Report on the cholera epidemic of
Year: 1868
Disease focus: Cholera
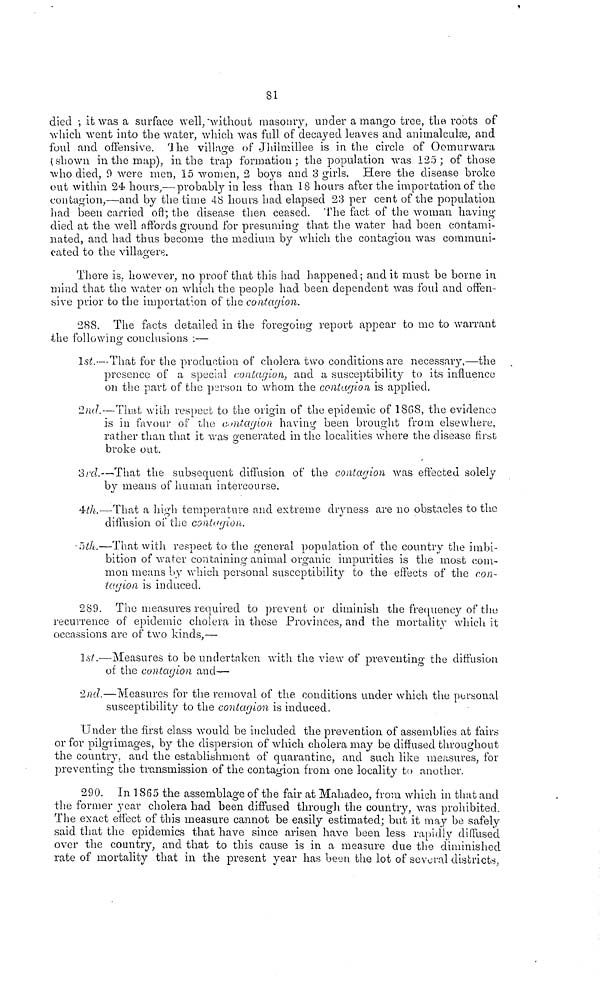
81
died ; it was a surface well, without masonry, under a mango tree, the roots of
which went into the water, which was full of decayed leaves and animalcules, and
foul and offensive. The village of Jhilmillee is in the circle of Oomurwara
(shown in the map), in the trap formation; the population was 125; of those
who died, 9 were men, 15 women, 2 boys and 3 girls. Here the disease broke
out within 24 hours,— probably in less than 18 hours after the importation of the
contagion,—and by the time 4-8 hours had elapsed 23 per cent of the population
had been carried off; the disease then ceased. The fact, of the woman having
died at the well affords ground for presuming that the water had been contami-
nated, and had thus become the medium by which the contagion was communi-
cated to the villagers.
There is however, no proof that this had happened; and it must be borne in
mind that the water on which the people had been dependent was foul and offen-
sive prior to the importation of the contagion.
288. The facts detailed in the foregoing report appear to me to warrant
the following conclusions :—
1st.—That for the production of cholera two conditions are necessary,—the
presence of a special contagion, and a susceptibility to its influence
on the part of the person to whom the contagion, is applied.
2nd.—That with respect to the origin of the epidemic of 1808, the evidence
is in favour of the contagion having been brought from elsewhere,
rather than that it was generated in the localities where the disease first
broke out.
3rd.—That the subsequent diffusion of the contagion was effected solely
by means of human intercourse.
4th—That a high temperature and extreme dryness are no obstacles to the
diffusion of the contcyion.
5th.—That with respect to the general population of the country the imbi-
bition of water containing animal organic impurities is the most com-
mon means by which personal susceptibility to the effects of the con-
tagion is induced.
289. The measures required to prevent or diminish the frequency of the
recurrence of epidemic cholera in these Provinces, and the mortality which it
occassions are of two kinds,—
1st.—Measures to be undertaken with the view of preventing the diffusion
of the contagión and—
2nd.—Measures for the removal of the conditions under which the personal
susceptibility to the contagion is induced.
Under the first class would be included the prevention of assemblies at fairs
or for pilgrimages, by the dispersion of which cholera may be diffused throughout
the country, and the establishment of quarantine, and such like measures, for
preventing the transmission of the contagion from one locality to another.
290. In 1865 the assemblage of the fair at Mahadeo, from which in that and
the former year cholera had been diffused through the country, was prohibited.
The exact effect of this measure cannot be easily estimated; but it may be safely
said that the epidemics that have since arisen have been less rapidly diffused
over the country, and that to this cause is in a measure due the diminished
rate of mortality that in the present year has been the lot of several districts,